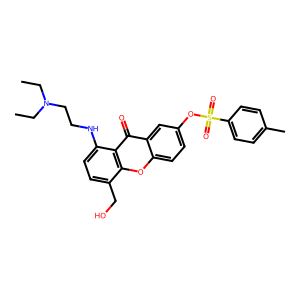
SMILES: CCN(CC)CCNc1ccc(CO)c2oc3ccc(OS(=O)(=O)c4ccc(C)cc4)cc3c(=O)c12
Inhibits HIV replication: No